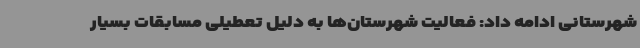
شهرستانی ادامه داد: فعالیت شهرستان‌ها به دلیل تعطیلی مسابقات بسیار